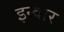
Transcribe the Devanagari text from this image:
इन्वार